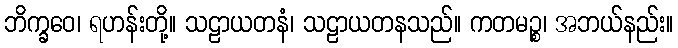
ဘိက္ခဝေ၊ ရဟန်းတို့။ သဠာယတနံ၊ သဠာယတနသည်။ ကတမဉ္စ၊ အဘယ်နည်း။